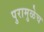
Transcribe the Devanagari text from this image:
पुरामुळेच